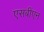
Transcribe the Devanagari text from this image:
एसबीएन